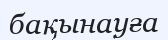
бақынауға